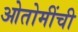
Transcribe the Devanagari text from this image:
ओतोमींची